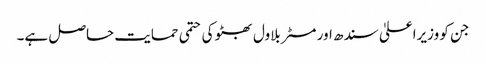
جن کو وزیراعلیٰ سندھ اور مسٹر بلاول بھٹو کی حتمی حمایت حاصل ہے۔